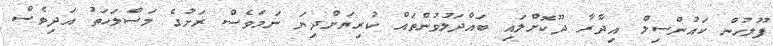
ފުލުހުން ކައުންސިލް އިދާރާ ދޫކޮށްލައި ބައްދަލުވުންތައް ކުރިޔަށްދިޔަ ނަމަވެސް ރަށުގެ މަސްލަހަތު އަދިވެސް